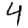
Digit: 4